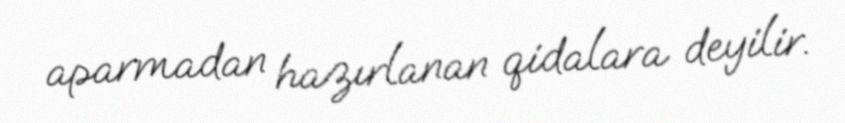
aparmadan hazırlanan qidalara deyilir.